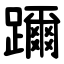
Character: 躎